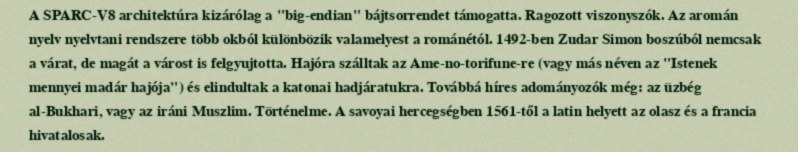
A SPARC-V8 architektúra kizárólag a "big-endian" bájtsorrendet támogatta. Ragozott viszonyszók. Az aromán nyelv nyelvtani rendszere több okból különbözik valamelyest a románétól. 1492-ben Zudar Simon boszúból nemcsak a várat, de magát a várost is felgyujtotta. Hajóra szálltak az Ame-no-torifune-re (vagy más néven az "Istenek mennyei madár hajója") és elindultak a katonai hadjáratukra. Továbbá híres adományozók még: az üzbég al-Bukhari, vagy az iráni Muszlim. Történelme. A savoyai hercegségben 1561-től a latin helyett az olasz és a francia hivatalosak.